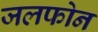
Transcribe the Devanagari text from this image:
जलफोन